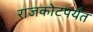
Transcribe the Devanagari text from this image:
राजकोटपर्यंत